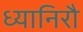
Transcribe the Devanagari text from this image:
ध्यानिरौ